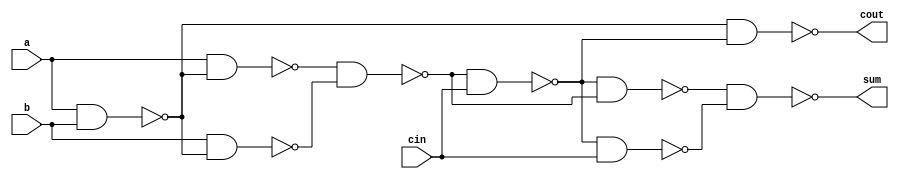
/* 
Full Adder with NAND - Gate Level
*/

module fullAdderNAND(a, b, cin, cout, sum);

input a, b, cin;
output cout, sum;

// Declaring a Bus/Vector
wire[7:0] w;

// Gate level modelling

nand(w0, a,b);
nand(w1, a,w0);
nand(w2, b,w0);
nand(w3, w1,w2);
nand(w4, w3,cin);
nand(w5, w4,w3);
nand(w6, w4,cin);
nand(sum, w5,w6);
nand(cout, w0,w4);


endmodule